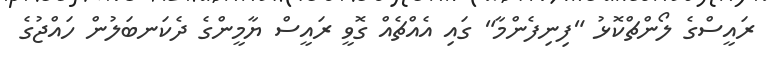
ރައީސްގެ ލޯންޗްކޮޅު "ފިނިފެންމާ" ގައި އެއްޗެއް ގޮވީ ރައީސް ޔާމީންގެ ދެކަނބަލުން ހައްޖުގެ